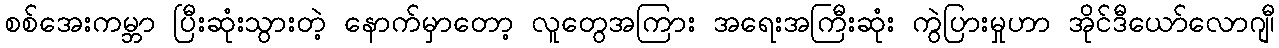
စစ်အေးကမ္ဘာ ပြီးဆုံးသွားတဲ့ နောက်မှာတော့ လူတွေအကြား အရေးအကြီးဆုံး ကွဲပြားမှုဟာ အိုင်ဒီယော်လောဂျီ၊